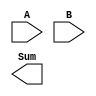
module Carry_Skip_Adder (
    input [7:0] A,
    input [7:0] B,
    output [8:0] Sum
);

wire [8:0] Carry;
wire [7:0] Generate;
wire [7:0] Propagate;

genvar i;
generate
    for (i = 0; i < 8; i = i + 1) begin : carry_skip_adder
        xor gates (
            .A(A[i]),
            .B(B[i]),
            .Y(Sum[i]),
        );

        and gates_generate (
            .A(A[i]),
            .B(B[i]),
            .Y(Generate[i]),
        );

        and gates_propagate (
            .A(A[i]),
            .B(B[i]),
            .Y(Propagate[i]),
        );

        assign Carry[i+1] = Generate[i] | (Propagate[i] & Carry[i]);
    end
endgenerate

xor last_xor_gate (
    .A(A[7]),
    .B(B[7]),
    .Y(Sum[8]),
);

assign Carry[0] = 1'b0;

endmodule